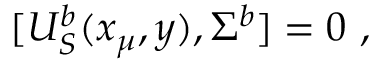
[ U _ { S } ^ { b } ( x _ { \mu } , y ) , \Sigma ^ { b } ] = 0 ~ ,